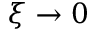
\xi \to 0